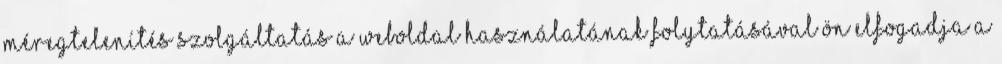
Méregtelenítés Szolgáltatás A weboldal használatának folytatásával Ön elfogadja a